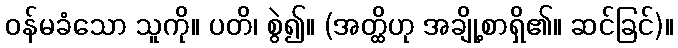
ဝန်မခံသော သူကို။ ပတိ၊ စွဲ၍။ (အတ္ထိဟု အချို့စာရှိ၏။ ဆင်ခြင်)။